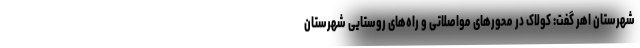
شهرستان اهر گفت: کولاک در محورهای مواصلاتی و راه‌های روستایی شهرستان